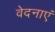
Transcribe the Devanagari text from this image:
वेदनाएं